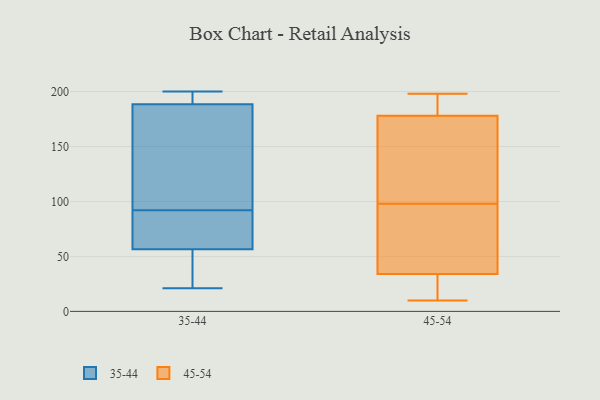
{"axis": {"x": "Production Output", "y": "Value"}, "legend": ["35-44", "45-54"], "data": [{"x": "", "y": 92, "type": "35-44"}, {"x": "", "y": 200, "type": "35-44"}, {"x": "", "y": 21, "type": "35-44"}, {"x": "", "y": 36, "type": "35-44"}, {"x": "", "y": 54, "type": "35-44"}, {"x": "", "y": 178, "type": "35-44"}, {"x": "", "y": 64, "type": "35-44"}, {"x": "", "y": 136, "type": "35-44"}, {"x": "", "y": 64, "type": "35-44"}, {"x": "", "y": 192, "type": "35-44"}, {"x": "", "y": 197, "type": "35-44"}, {"x": "", "y": 34, "type": "45-54"}, {"x": "", "y": 185, "type": "45-54"}, {"x": "", "y": 105, "type": "45-54"}, {"x": "", "y": 162, "type": "45-54"}, {"x": "", "y": 91, "type": "45-54"}, {"x": "", "y": 146, "type": "45-54"}, {"x": "", "y": 45, "type": "45-54"}, {"x": "", "y": 181, "type": "45-54"}, {"x": "", "y": 198, "type": "45-54"}, {"x": "", "y": 171, "type": "45-54"}, {"x": "", "y": 194, "type": "45-54"}, {"x": "", "y": 85, "type": "45-54"}, {"x": "", "y": 178, "type": "45-54"}, {"x": "", "y": 31, "type": "45-54"}, {"x": "", "y": 28, "type": "45-54"}, {"x": "", "y": 11, "type": "45-54"}, {"x": "", "y": 10, "type": "45-54"}, {"x": "", "y": 78, "type": "45-54"}]}